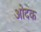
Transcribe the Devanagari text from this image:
ओदक